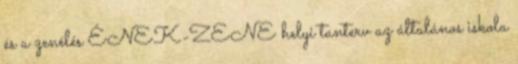
és a zenélés ÉNEK-ZENE helyi tanterv az általános iskola